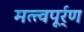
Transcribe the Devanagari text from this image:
मत्त्वपूर्र्ण